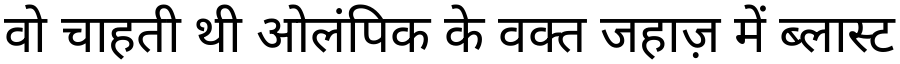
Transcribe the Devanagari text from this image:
वो चाहती थी ओलंपिक के वक्त जहाज़ में ब्लास्ट